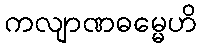
ကလျာဏဓမ္မေဟိ